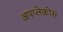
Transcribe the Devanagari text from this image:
अपप्लेक्रोस